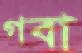
গবা